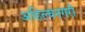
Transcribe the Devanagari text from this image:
अहिल्यनगरी